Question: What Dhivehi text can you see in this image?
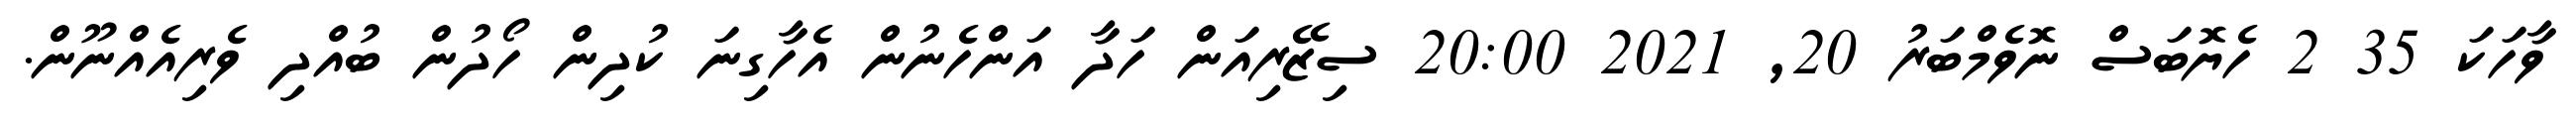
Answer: ވާހަކަ 35 2 ހެޔޮބަސް ނޮވެމްބަރު 20, 2021 20:00 ސިޒޭރިއަން ހަދާ އަންހެނުން އެހާގިނަ ކުދިން ހޯދުން ބުއްދި ވެރިއެއްނޫން.